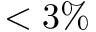
< 3 \%